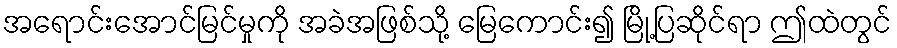
အရောင်းအောင်မြင်မှုကို အခဲအဖြစ်သို့ မြေကောင်း၍ မြို့ပြဆိုင်ရာ ဤထဲတွင်